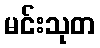
မင်းသုတ